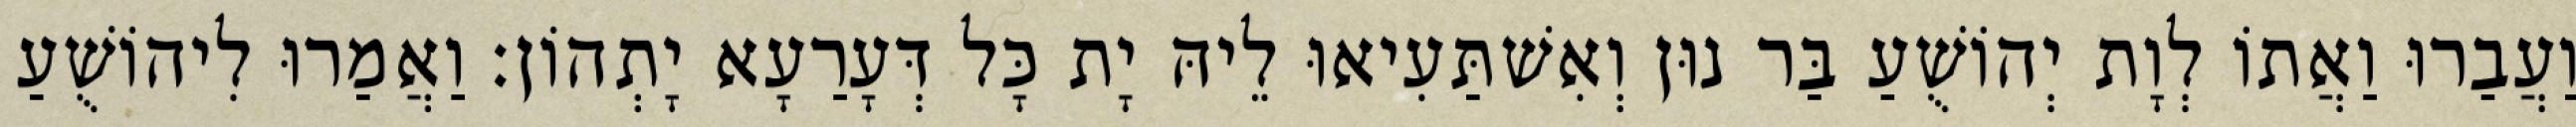
וַעֲבַרוּ וַאֲתוֹ לְוָת יְהוֹשֻׁעַ בַּר נוּן וְאִשׁתַּעִיאוּ לֵיהּ יָת כָּל דְּעָרַעָא יָתְהוֹן׃ וַאֲמַרוּ לִיהוֹשֻׁעַ